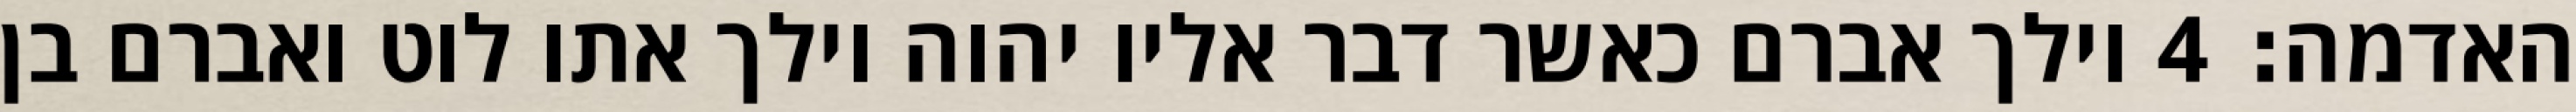
האדמה׃ ‎4‏ וילך אברם כאשר דבר אליו יהוה וילך אתו לוט ואברם בן